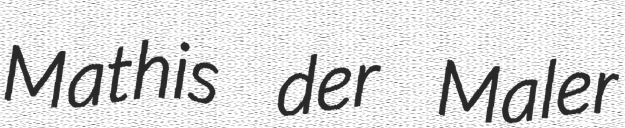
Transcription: Mathis der Maler